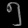
Digit: ၅